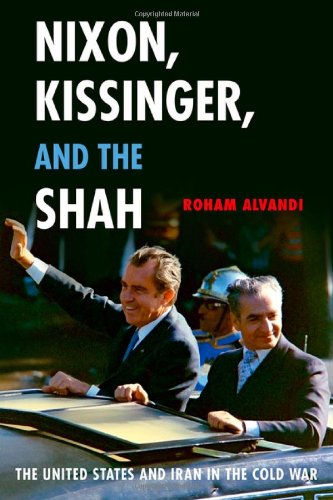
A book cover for Nixon, Kissinger, and the Shah: The United States and Iran in the Cold War; Roham Alvandi; History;